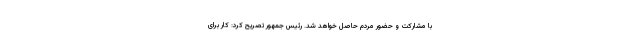
با مشارکت و حضور مردم حاصل خواهد شد. رئیس جمهور تصریح کرد: کار برای